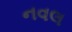
નવલ